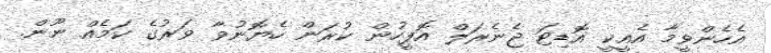
އެހެންވީމާ އެއީކީ އޮޑިޓަ ޖެނެރަލް އޮފީހުން ކުރަން ހެޔޮނުވާ ވަރުގެ ކަމެއް ނޫން.